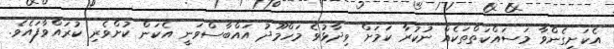
އެކަށީގެންވާ މަސައްކަތްތަކެއް ނުކުރާ ކަމަށް ވިދާޅުވެ މަހްމޫދު އައްބާސްވަނީ އެކަން ކުށްވެރި ކުރައްވާފައެވެ.